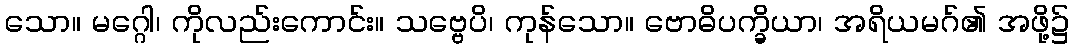
သော။ မဂ္ဂေါ၊ ကိုလည်းကောင်း။ သဗ္ဗေပိ၊ ကုန်သော။ ဗောဓိပက္ခိယာ၊ အရိယမဂ်၏ အဖို့၌